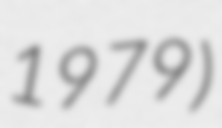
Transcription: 1979)